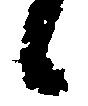
候